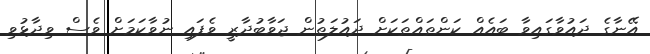
އޭނާގެ ދައުވާގައިވާ ބައެއް ކަންތައްތަކަށް ދައުލަތުން ޖަވާބުދާރީ ވެފައި ނުވާކަމަށް ވެސް ވިދާޅުވި